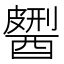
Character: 𨢹